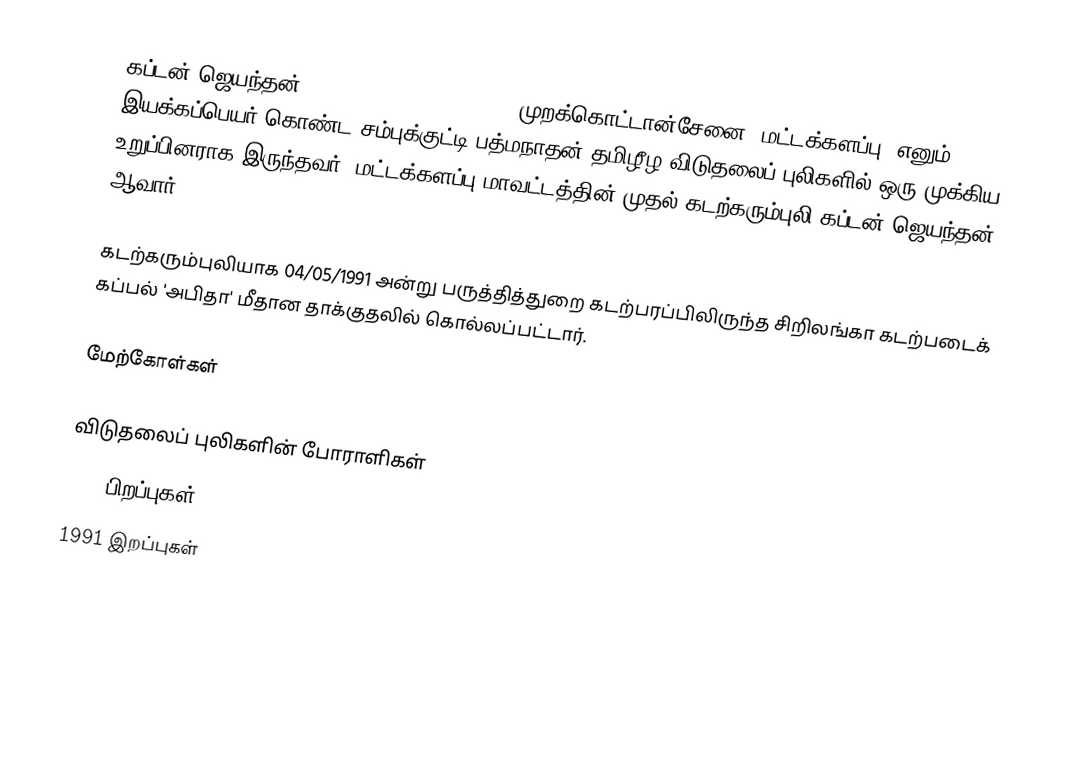
கப்டன் ஜெயந்தன் (05/01/1972 - 04/05/1991; முறக்கொட்டான்சேனை, மட்டக்களப்பு) எனும் இயக்கப்பெயர் கொண்ட சம்புக்குட்டி பத்மநாதன் தமிழீழ விடுதலைப் புலிகளில் ஒரு முக்கிய உறுப்பினராக இருந்தவர். மட்டக்களப்பு மாவட்டத்தின் முதல் கடற்கரும்புலி கப்டன் ஜெயந்தன் ஆவார்.

கடற்கரும்புலியாக 04/05/1991  அன்று பருத்தித்துறை கடற்பரப்பிலிருந்த சிறிலங்கா கடற்படைக் கப்பல் 'அபிதா' மீதான தாக்குதலில் கொல்லப்பட்டார்.

மேற்கோள்கள்

விடுதலைப் புலிகளின் போராளிகள்
1972 பிறப்புகள்
1991 இறப்புகள்